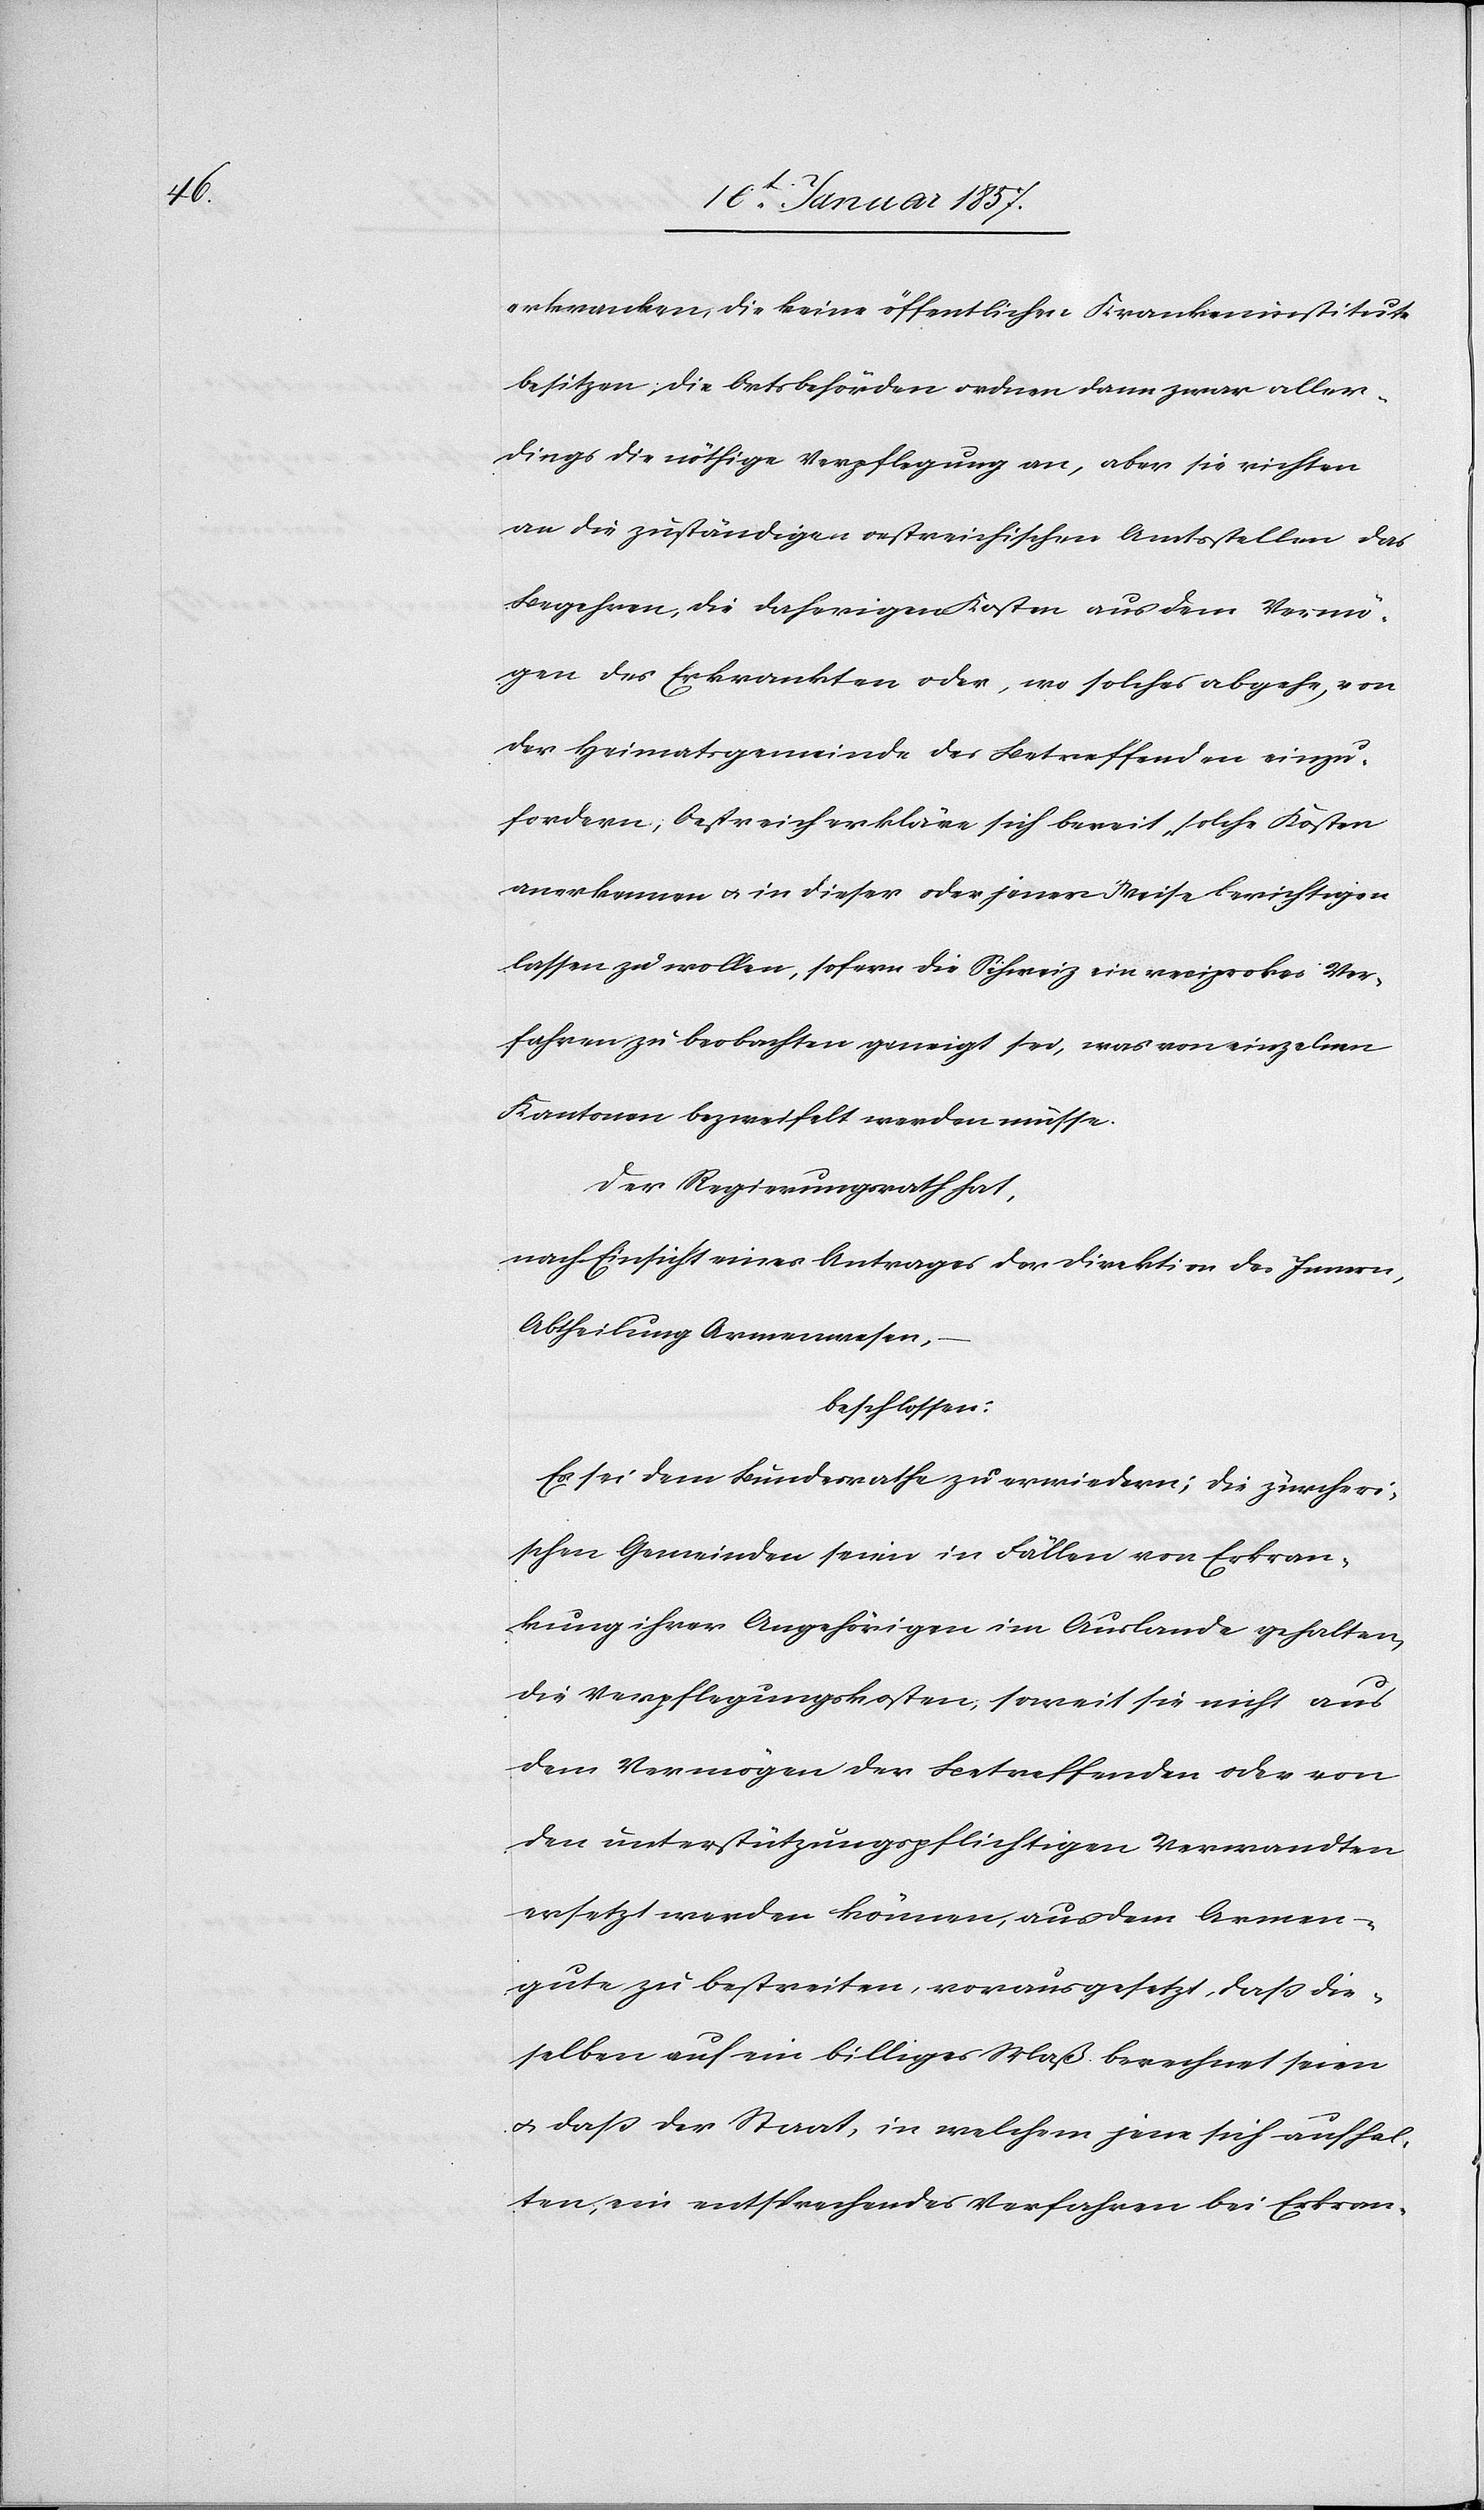
erkranken, die keine öffentlichen Krankeninstitute
besitzen, die betr Behörden ordnen dann zwar aller¬
dings die nöthige Verpflegung an, aber sie richten
an die zuständigen oestreichischen Amtsstellen das
Begehren, die daherigen Kosten aus dem Vermö¬
gen des Erkrankten oder, wo solches abgehe, von
der Heimatsgemeinde des Betreffenden einzu¬
fordern; Oestreich erkläre sich bereit, solche Kosten
anerkennen u. in dieser oder jener Weise berichtigen
lassen zu wollen, sofern die Schweiz ein reciprokes Ver¬
fahren zu beobachten geneigt sei, was von einzelnen
Kantonen bezweifelt werden müsse.
Der Regierungsrath hat,
nach Einsicht eines Antrages der Direktion des Innern,
Abteilung Armenwesen,
beschlossen:
Es sei dem Bundesrathe zu erwiedern; die zürcheri¬
schen Gemeinden seien in Fällen von Erkran¬
kungen ihrer Angehörigen im Auslande gehalten,
die Verpflegungskosten, soweit sie nicht aus
dem Vermögen der Betreffenden oder von
den unterstützungspflichtigen Verwandten
ersetzt werden können, aus dem Armen¬
gute zu bestreiten, vorausgesetzt, daß die¬
selben auf ein billiges Maß berechnet seien
u. daß der Staat, in welchem jene sich aufhal¬
ten, ein entsprechendes Verfahren bei Erkran-